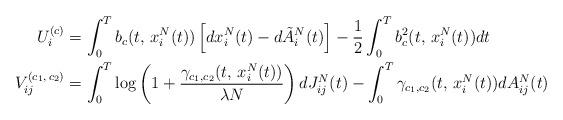
LaTeX: \begin{align*}U_{i}^{(c)} & =\int_{0}^{T}b_{c}(t,\,x_{i}^{N}(t))\left[dx_{i}^{N}(t)-d\tilde{A}_{i}^{N}(t)\right]-\frac{1}{2}\int_{0}^{T}b_{c}^{2}(t,\,x_{i}^{N}(t))dt\\V_{ij}^{(c_{1},\,c_{2})} & =\int_{0}^{T}\log\left(1+\frac{\gamma_{c_{1},c_{2}}(t,\,x_{i}^{N}(t))}{\lambda N}\right)dJ_{ij}^{N}(t)-\int_{0}^{T}\gamma_{c_{1},c_{2}}(t,\,x_{i}^{N}(t))dA_{ij}^{N}(t)\end{align*}